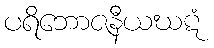
ပရိဘောဇနီယဃဋံ